Vaccination in Bombay 1913-1923 - 1913-1923
Year: 1913
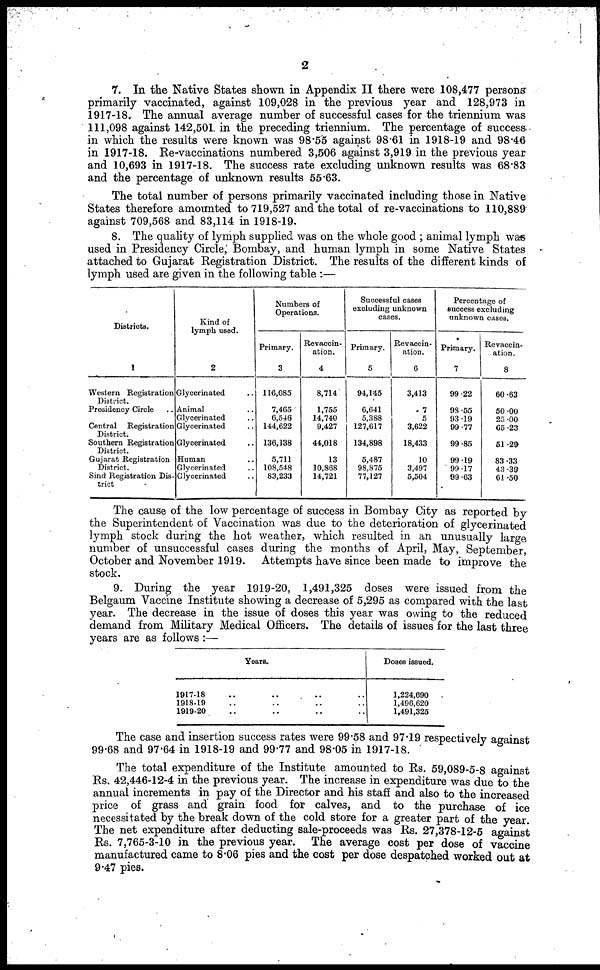
2
7. In the Native States shown in Appendix II there were 108,477 persons
primarily vaccinated, against 109,028 in the previous year and 128,973 in
1917-18. The annual average number of successful cases for the triennium was
111,098 against 142,501 in the preceding triennium. The percentage of success
in which the results were known was 98.55 against 98.61 in 1918-19 and 98.46
in 1917-18. Re-vaccinations numbered 3,506 against 3,919 in the previous year
and 10,693 in 1917-18. The success rate excluding unknown results was 68.83
and the percentage of unknown results 55.63.
The total number of persons primarily vaccinated including those in Native
States therefore amounted to 719,527 and the total of re-vaccinations to 110,889
against 709,568 and 83,114 in 1918-19.
8. The quality of lymph supplied was on the whole good ; animal lymph was
used in Presidency Circle, Bombay, and human lymph in some Native States
attached to Gujarat Registration District. The results of the different kinds of
lymph used are given in the following table :—
Districts.
1
Western Registration
District.
Presidency Circle ..
Central Registration
District.
Southern Registration
District.
Gujarat Registration
District.
Sind Registration Dis-
trict
Kind of
lymph used.
2
Glycerinated ..
Animal
Glycerinated ..
Glycerinated ..
Glycerinated ..
Human
Glycerinated ..
Glycerinated ..
Numbers of
Operations.
Primary.
3
116,085
7,465
6,546
144,622
136,138
5,711
108,548
83,233
Revaccin¬
ation.
4
8,714
1,755
14,740
9,427
44,018
13
10,868
14,721
Successful cases
excluding unknown
cases.
Primary.
5
94,145
6,641
5,388
127,617
134,898
5,487
98,875
77,127
Revaccin¬
ation.
6
3,413
7
5
3,622
18,433
10
3,497
5,504
Percentage of
success excluding
unknown cases.
Primary.
7
99.22
98.55
93.19
99.77
99.85
99.19
99.17
99.63
Revaccin¬
ation.
8
60.63
50.00
25.00
65.23
51.29
83.33
43.39
61.50
The cause of the low percentage of success in Bombay City as reported by
the Superintendent of Vaccination was due to the deterioration of glycerinated
lymph stock during the hot weather, which resulted in an unusually large
number of unsuccessful cases during the months of April, May, September,
October and November 1919. Attempts have since been made to improve the
stock.
9. During the year 1919-20, 1,491,325 doses were issued from the
Belgaum Vaccine Institute showing a decrease of 5,295 as compared with the last
year. The decrease in the issue of doses this year was owing to the reduced
demand from Military Medical Officers. The details of issues for the last three
years are as follows :—
Years.
1917-18 .. .. .. ..
1918-19 .. .. .. ..
1919-20 .. .. .. ..
Doses issued.
1,224,690
1,496,620
1,491,325
The case and insertion success rates were 99.58 and 97.19 respectively against
99.68 and 97.64 in 1918-19 and 99.77 and 98.05 in 1917-18.
The total expenditure of the Institute amounted to Rs. 59,089-5-8 against
Rs. 42,446-12-4 in the previous year. The increase in expenditure was due to the
annual increments in pay of the Director and his staff and also to the increased
price of grass and grain food for calves, and to the purchase of ice
necessitated by the break down of the cold store for a greater part of the year.
The net expenditure after deducting sale-proceeds was Rs. 27,378-12-5 against
Rs. 7,765-3-10 in the previous year. The average cost per dose of vaccine
manufactured came to 8.06 pies and the cost per dose despatched worked out at
9.47 pies.